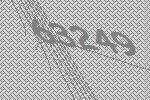
63249